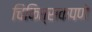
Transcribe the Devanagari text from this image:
चिकित्सकपणे